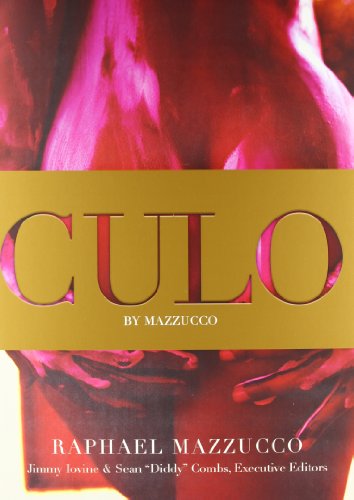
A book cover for Culo by Mazzucco; Raphael Mazzucco; Arts & Photography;